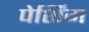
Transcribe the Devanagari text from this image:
पेर्शिंग